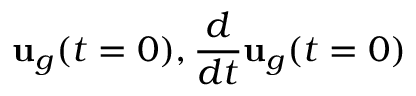
{ \bf u } _ { g } ( t = 0 ) , \frac { d } { d t } { \bf u } _ { g } ( t = 0 )